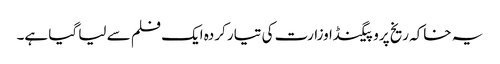
یہ خاکہ ریخ پروپیگنڈا وزارت کی تیار کردہ ایک فلم سے لیا گیا ہے۔